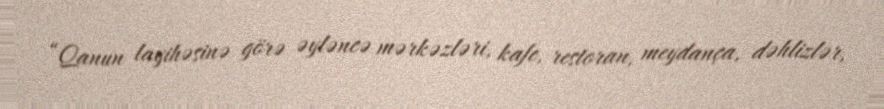
“Qanun layihəsinə görə əyləncə mərkəzləri, kafe, restoran, meydança, dəhlizlər,